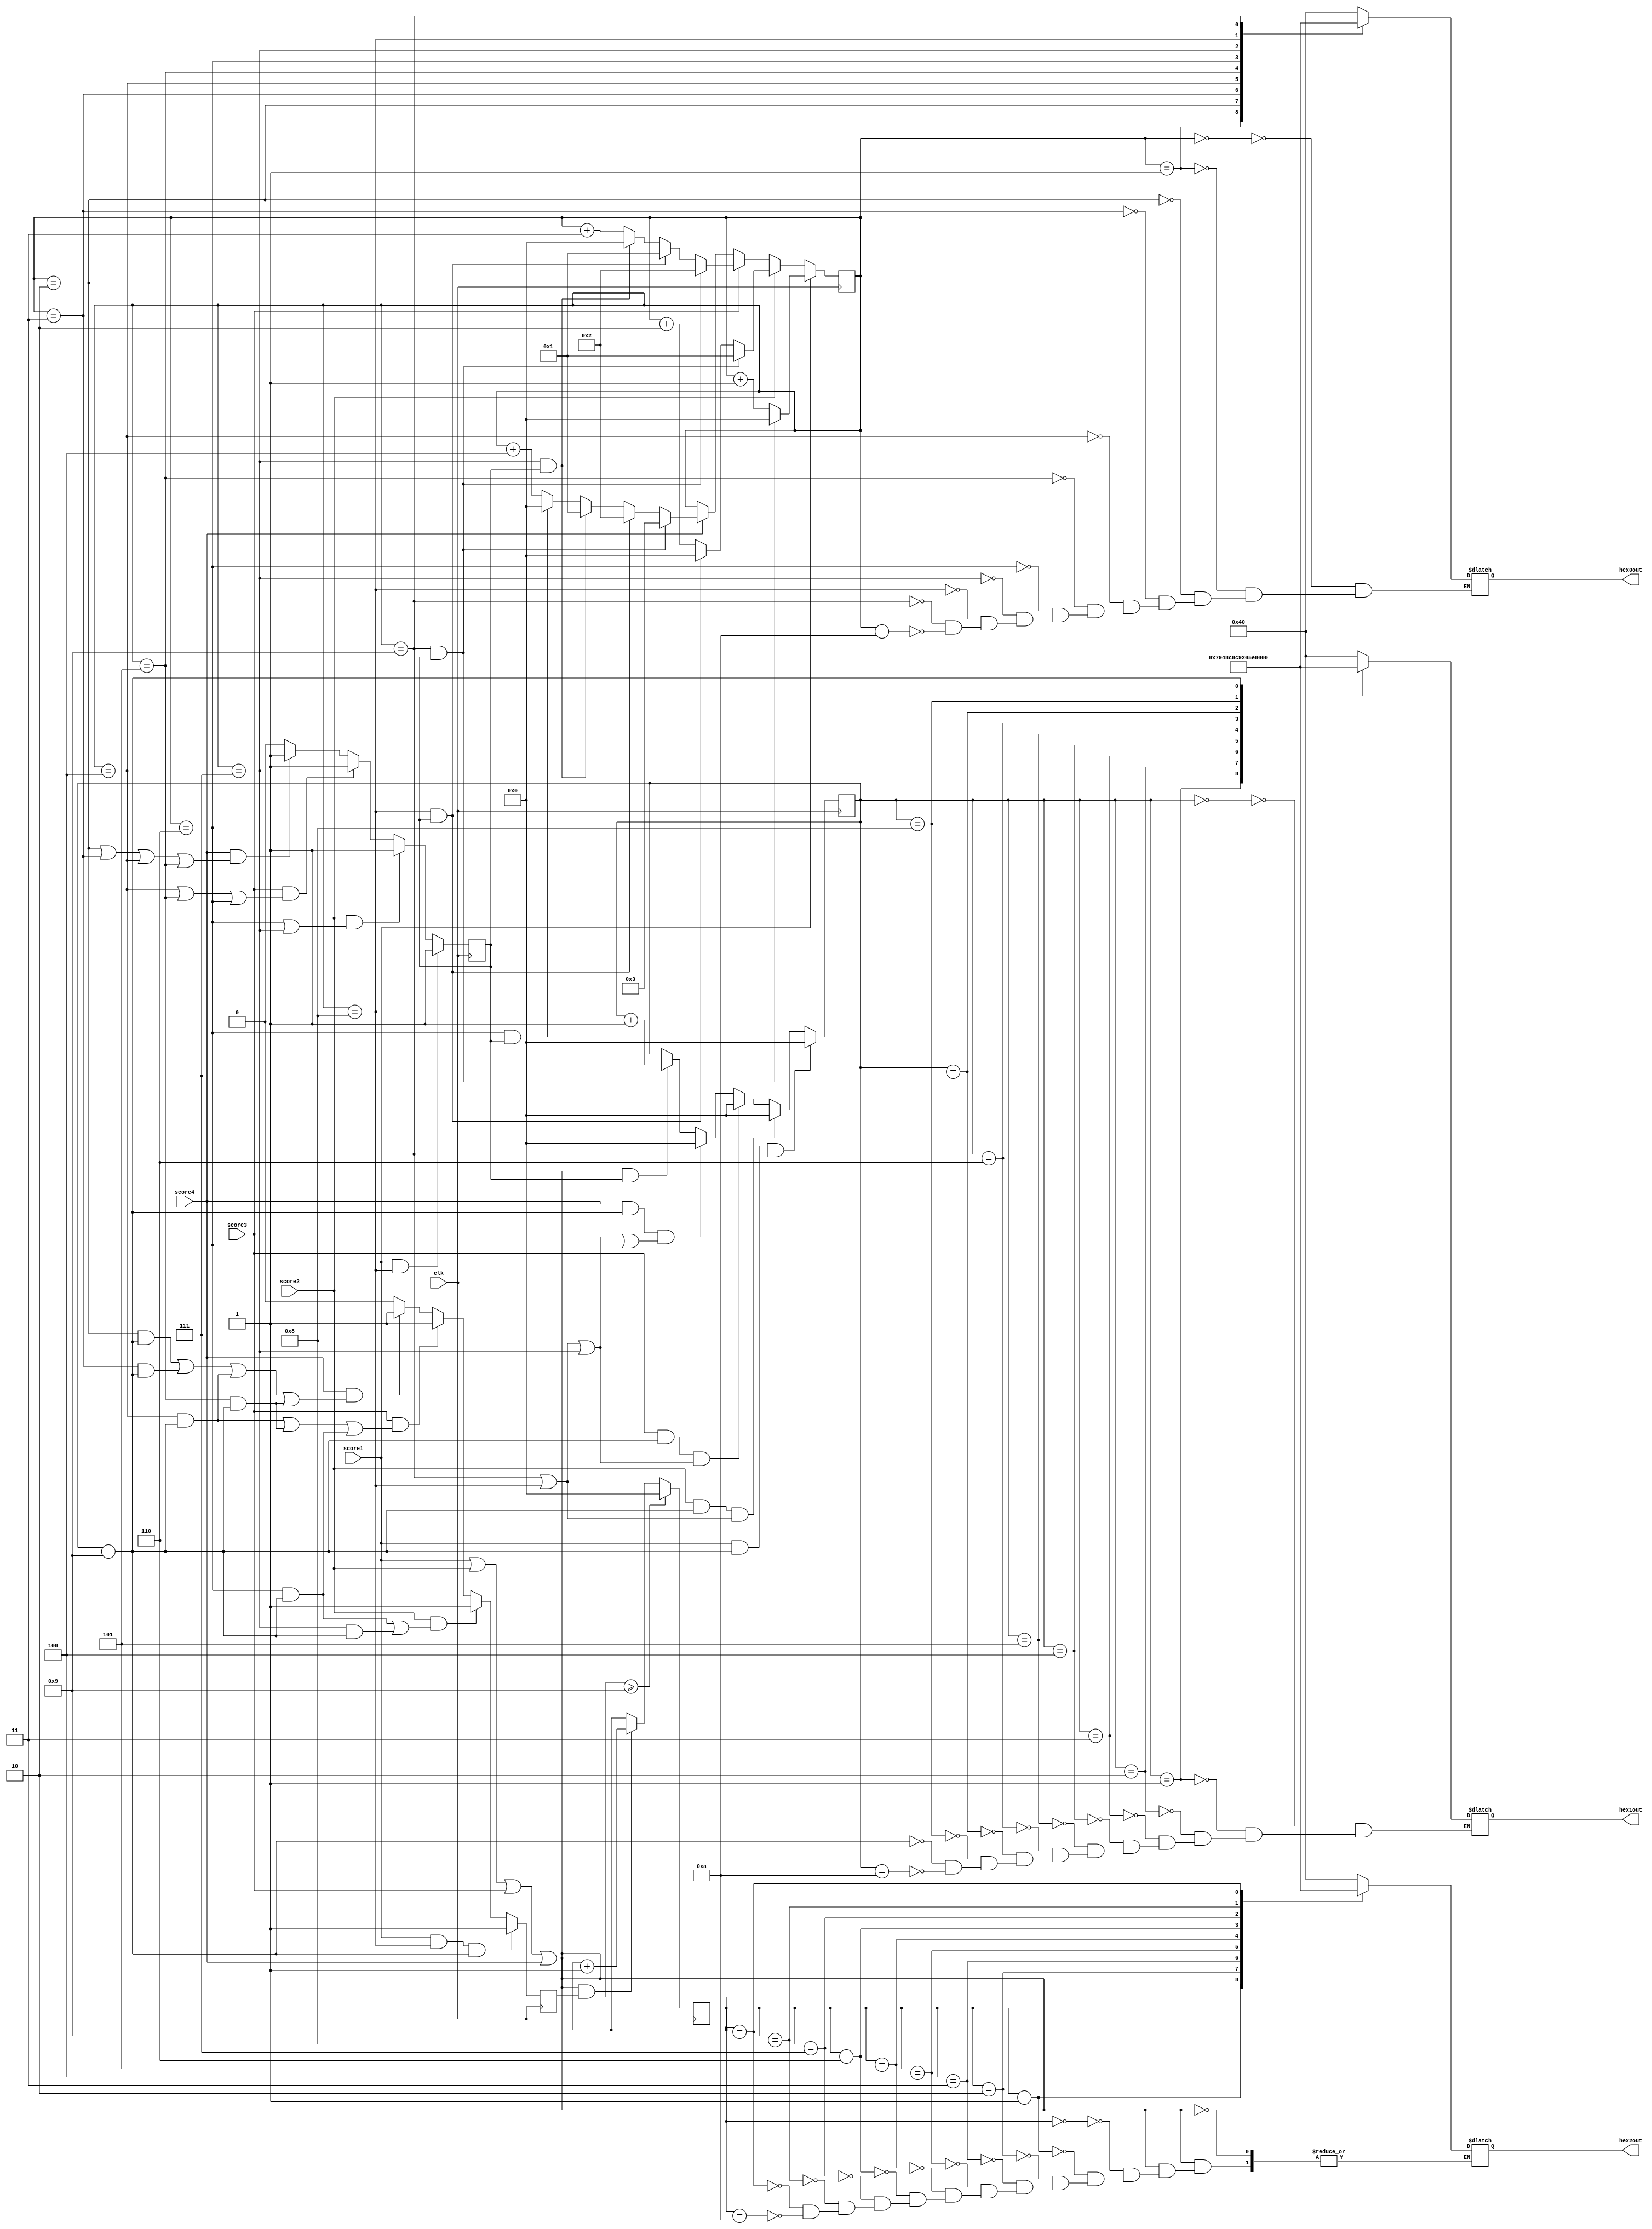
module HEX_score_count(clk, score1, score2, score3, score4, hex0out, hex1out, hex2out);
	output reg [6:0] hex0out, hex1out, hex2out;
	reg [3:0] hex0in = 0, hex1in = 0, hex2in = 0;
	reg hex0overflow = 0, hex1overflow = 0;
	input clk, score1, score2, score3, score4;
	
	always @(posedge clk)
		begin
		if (score1) begin
			if (hex0in == 9 && hex0overflow)
			hex0in <= 0;
			else 
			hex0in <= hex0in + 1;
			end
		else if (score2) begin
			if (hex0in == 9 && hex0overflow)
			hex0in <= 1;
			else if (hex0in == 8 && hex0overflow)
			hex0in <= 0;
			else 
			hex0in <= hex0in + 2;
			end
		else if (score3) begin
			if (hex0in == 9 && hex0overflow)
			hex0in <= 2;
			else if (hex0in == 8 && hex0overflow)
			hex0in <= 1;
			else if (hex0in == 7 && hex0overflow)
			hex0in <= 0;
			else 
			hex0in <= hex0in + 3;
			end
		else if (score4) begin
			if (hex0in == 9 && hex0overflow)
			hex0in <= 3;
			else if (hex0in == 8 && hex0overflow)
			hex0in <= 2;
			else if (hex0in == 7 && hex0overflow)
			hex0in <= 1;
			else if (hex0in == 6 && hex0overflow)
			hex0in <= 0;
			else 
			hex0in <= hex0in + 4;
			end
		end
		
	always @(posedge clk)
		begin 
		if (score1 && hex0in == 8) begin
			hex0overflow <= 1;
			end
		else if (score2 & (hex0in == 6 | hex0in == 7)) begin
			hex0overflow <= 1;
			end
		else if (score3 & (hex0in == 4 | hex0in == 5 | hex0in == 6))
			hex0overflow <= 1;
		else if (score4 & (hex0in == 2 | hex0in == 3 | hex0in == 4 | hex0in == 5))
			hex0overflow <= 1;
		else begin
			hex0overflow <= 0;
			end
		end
			
	always @(posedge clk)	
		begin
		if (score1 & hex0in == 8 & hex1in == 9) begin
			hex1overflow <= 1;
			end
		else if (score2 && ((hex0in == 6 & hex1in == 9) | (hex0in == 7 & hex1in == 9))) begin
			hex1overflow <= 1;
			end
		else if (score3 && (hex0in == 4 & hex1in == 9) | (hex0in == 5 & hex1in == 9) | (hex0in == 6 & hex1in == 9))
			hex1overflow <= 1;
		else if (score4 && (hex0in == 2 & hex1in == 9) | (hex0in == 3 & hex1in == 9) | (hex0in == 4 & hex1in == 9) | (hex0in == 5 & hex1in == 9))
			hex1overflow <= 1;
		else begin
			hex1overflow <= 0;
			end
		end
		
//	always @(posedge clk)	
//		begin
//		if (score1 & (hex2in == 9 & hex1in == 9 & hex0in == 8)) begin
//			hex2overflow <= 1;
//			end
//		else if (score2 && (hex2in == 9 & hex1in == 9 & hex0in == 6) | (hex2in == 9 & hex1in == 9 & hex0in == 7))
//			hex2overflow <= 1;
//		else if (score3 && (hex2in == 9 & hex1in == 9 & hex0in == 4) | (hex2in == 9 & hex1in == 9 & hex0in == 6) | (hex2in == 9 & hex1in == 9 & hex0in == 5))
//			hex2overflow <= 1;
//		else if (score4 && (hex2in == 9 & hex1in == 9 & hex0in == 2) | (hex2in == 9 & hex1in == 9 & hex0in == 3) | (hex2in == 9 & hex1in == 9 & hex0in == 4) | (hex2in == 9 & hex1in == 9 & hex0in == 5))
//			hex2overflow <= 1;
//		else begin
//			hex2overflow <= 0;
//			end
//		end
		
	always @(*)
	begin
			case (hex0in[3:0])
				4'b0000: hex0out[6:0] = 7'b1000000;
				4'b0001: hex0out[6:0] = 7'b1111001;
				4'b0010: hex0out[6:0] = 7'b0100100;
				4'b0011: hex0out[6:0] = 7'b0110000;
				4'b0100: hex0out[6:0] = 7'b0011001;
				4'b0101: hex0out[6:0] = 7'b0010010;
				4'b0110: hex0out[6:0] = 7'b0000010;
				4'b0111: hex0out[6:0] = 7'b1111000;
				4'b1000: hex0out[6:0] = 7'b0000000;
				4'b1001: hex0out[6:0] = 7'b0011000;
				4'b1010: hex0out[6:0] = 7'b1000000;
		  endcase
	end
	
	always @(posedge clk)
		begin
		if ((score1 | score2 | score3 | score4) & hex0overflow) begin
			hex1in <= hex1in + 1;
			end
		if (score1 & hex1in == 9 & hex0in == 9) begin
			hex1in <= 0;
			end
		else if (score2 & hex1in == 9 & (hex0in == 9 | hex0in == 8)) begin
			hex1in <= 0;
		end
		else if (score3 & hex1in == 9 & (hex0in == 9 | hex0in == 8 | hex0in == 7)) begin
			hex1in <= 0;
		end
		else if (score4 & hex1in == 9 & (hex0in == 9 | hex0in == 8 | hex0in == 7 | hex0in == 6)) begin
			hex1in <= 0;
		end
	end
		
	always@(*)
	begin
			case (hex1in[3:0])
				4'b0000: hex1out[6:0] = 7'b1000000;
				4'b0001: hex1out[6:0] = 7'b1111001;
				4'b0010: hex1out[6:0] = 7'b0100100;
				4'b0011: hex1out[6:0] = 7'b0110000;
				4'b0100: hex1out[6:0] = 7'b0011001;
				4'b0101: hex1out[6:0] = 7'b0010010;
				4'b0110: hex1out[6:0] = 7'b0000010;
				4'b0111: hex1out[6:0] = 7'b1111000;
				4'b1000: hex1out[6:0] = 7'b0000000;
				4'b1001: hex1out[6:0] = 7'b0011000;
				4'b1010: hex1out[6:0] = 7'b1000000;
		  endcase
	end
	
	always @(posedge clk)
		begin
		if ((score1 | score2 | score3 | score4) & hex1overflow) begin
			hex2in <= hex2in + 1;
			end
		if (hex2in >= 9) begin
			hex2in <= 0;
			end
		end
		
	always@(*)
	begin
		if ((score1 | score2 | score3 | score4))
			begin
			case (hex2in[3:0])
				4'b0000: hex2out[6:0] = 7'b1000000;
				4'b0001: hex2out[6:0] = 7'b1111001;
				4'b0010: hex2out[6:0] = 7'b0100100;
				4'b0011: hex2out[6:0] = 7'b0110000;
				4'b0100: hex2out[6:0] = 7'b0011001;
				4'b0101: hex2out[6:0] = 7'b0010010;
				4'b0110: hex2out[6:0] = 7'b0000010;
				4'b0111: hex2out[6:0] = 7'b1111000;
				4'b1000: hex2out[6:0] = 7'b0000000;
				4'b1001: hex2out[6:0] = 7'b0011000;
				4'b1010: hex2out[6:0] = 7'b1000000;
		  endcase
		  end
	end
		  
//	always @(posedge clk)
//		begin
//		if ((score1 | score2 | score3 | score4) & hex2overflow) begin
//			hex3in <= hex3in + 1;
//			end
//		if (hex3in >= 9) begin
//			hex3in <= 0;
//			end
//		end
//		
//	always@(*)
//	begin
//		if ((score1 | score2 | score3 | score4))
//			begin
//			case (hex3in[3:0])
//				4'b0000: hex3out[6:0] = 7'b1000000;
//				4'b0001: hex3out[6:0] = 7'b1111001;
//				4'b0010: hex3out[6:0] = 7'b0100100;
//				4'b0011: hex3out[6:0] = 7'b0110000;
//				4'b0100: hex3out[6:0] = 7'b0011001;
//				4'b0101: hex3out[6:0] = 7'b0010010;
//				4'b0110: hex3out[6:0] = 7'b0000010;
//				4'b0111: hex3out[6:0] = 7'b1111000;
//				4'b1000: hex3out[6:0] = 7'b0000000;
//				4'b1001: hex3out[6:0] = 7'b0011000;
//				4'b1010: hex3out[6:0] = 7'b1000000;
//		  endcase
//		  end
//  end
endmodule